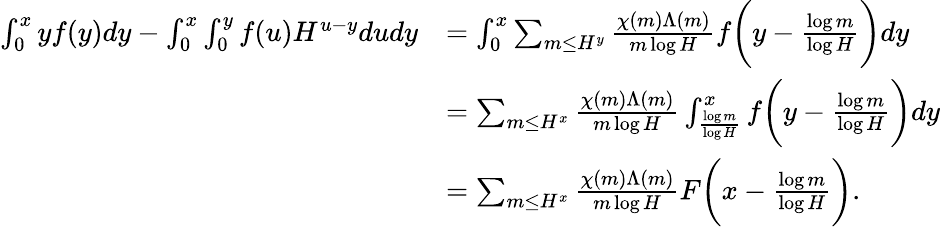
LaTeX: \begin{array}{rl}{\int_{0}^{x}yf(y)dy-\int_{0}^{x}\int_{0}^{y}f(u)H^{u-y}dudy}&{=\int_{0}^{x}\sum_{m\le H^{y}}\frac{\chi(m)\Lambda(m)}{m\log H}f\biggl(y-\frac{\log m}{\log H}\biggr)dy}\\ &{=\sum_{m\le H^{x}}\frac{\chi(m)\Lambda(m)}{m\log H}\int_{\frac{\log m}{\log H}}^{x}f\biggl(y-\frac{\log m}{\log H}\biggr)dy}\\ &{=\sum_{m\le H^{x}}\frac{\chi(m)\Lambda(m)}{m\log H}F\biggl(x-\frac{\log m}{\log H}\biggr).}\end{array}